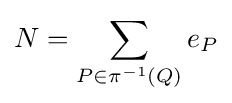
N=\sum _{P\in \pi ^{-1}(Q)}e_{P}